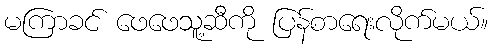
မကြာခင် ဖေဖေသူ့ဆီကို ပြန်စာရေးလိုက်မယ်။